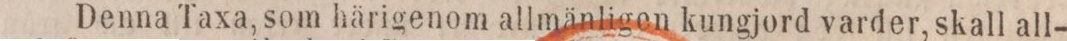
Denna Taxa, som härigenom allmänligen kungjord varder, skall all-